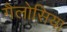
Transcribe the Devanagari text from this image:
गैलोसिया